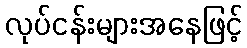
လုပ်ငန်းများအနေဖြင့်